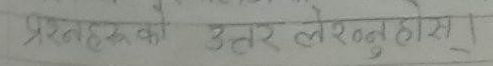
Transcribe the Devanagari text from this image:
प्रश्नहरूका उत्तर लेख्नुहोस्।